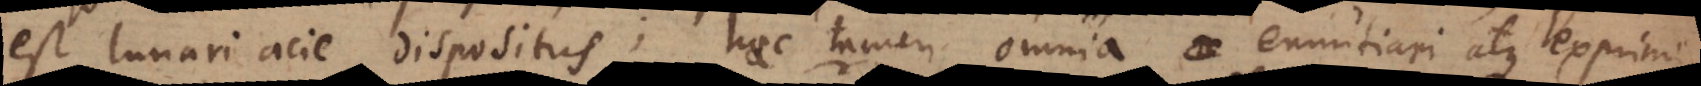
est lunari acie dispositus; haec tamen omnia enuntiari atque exprimi